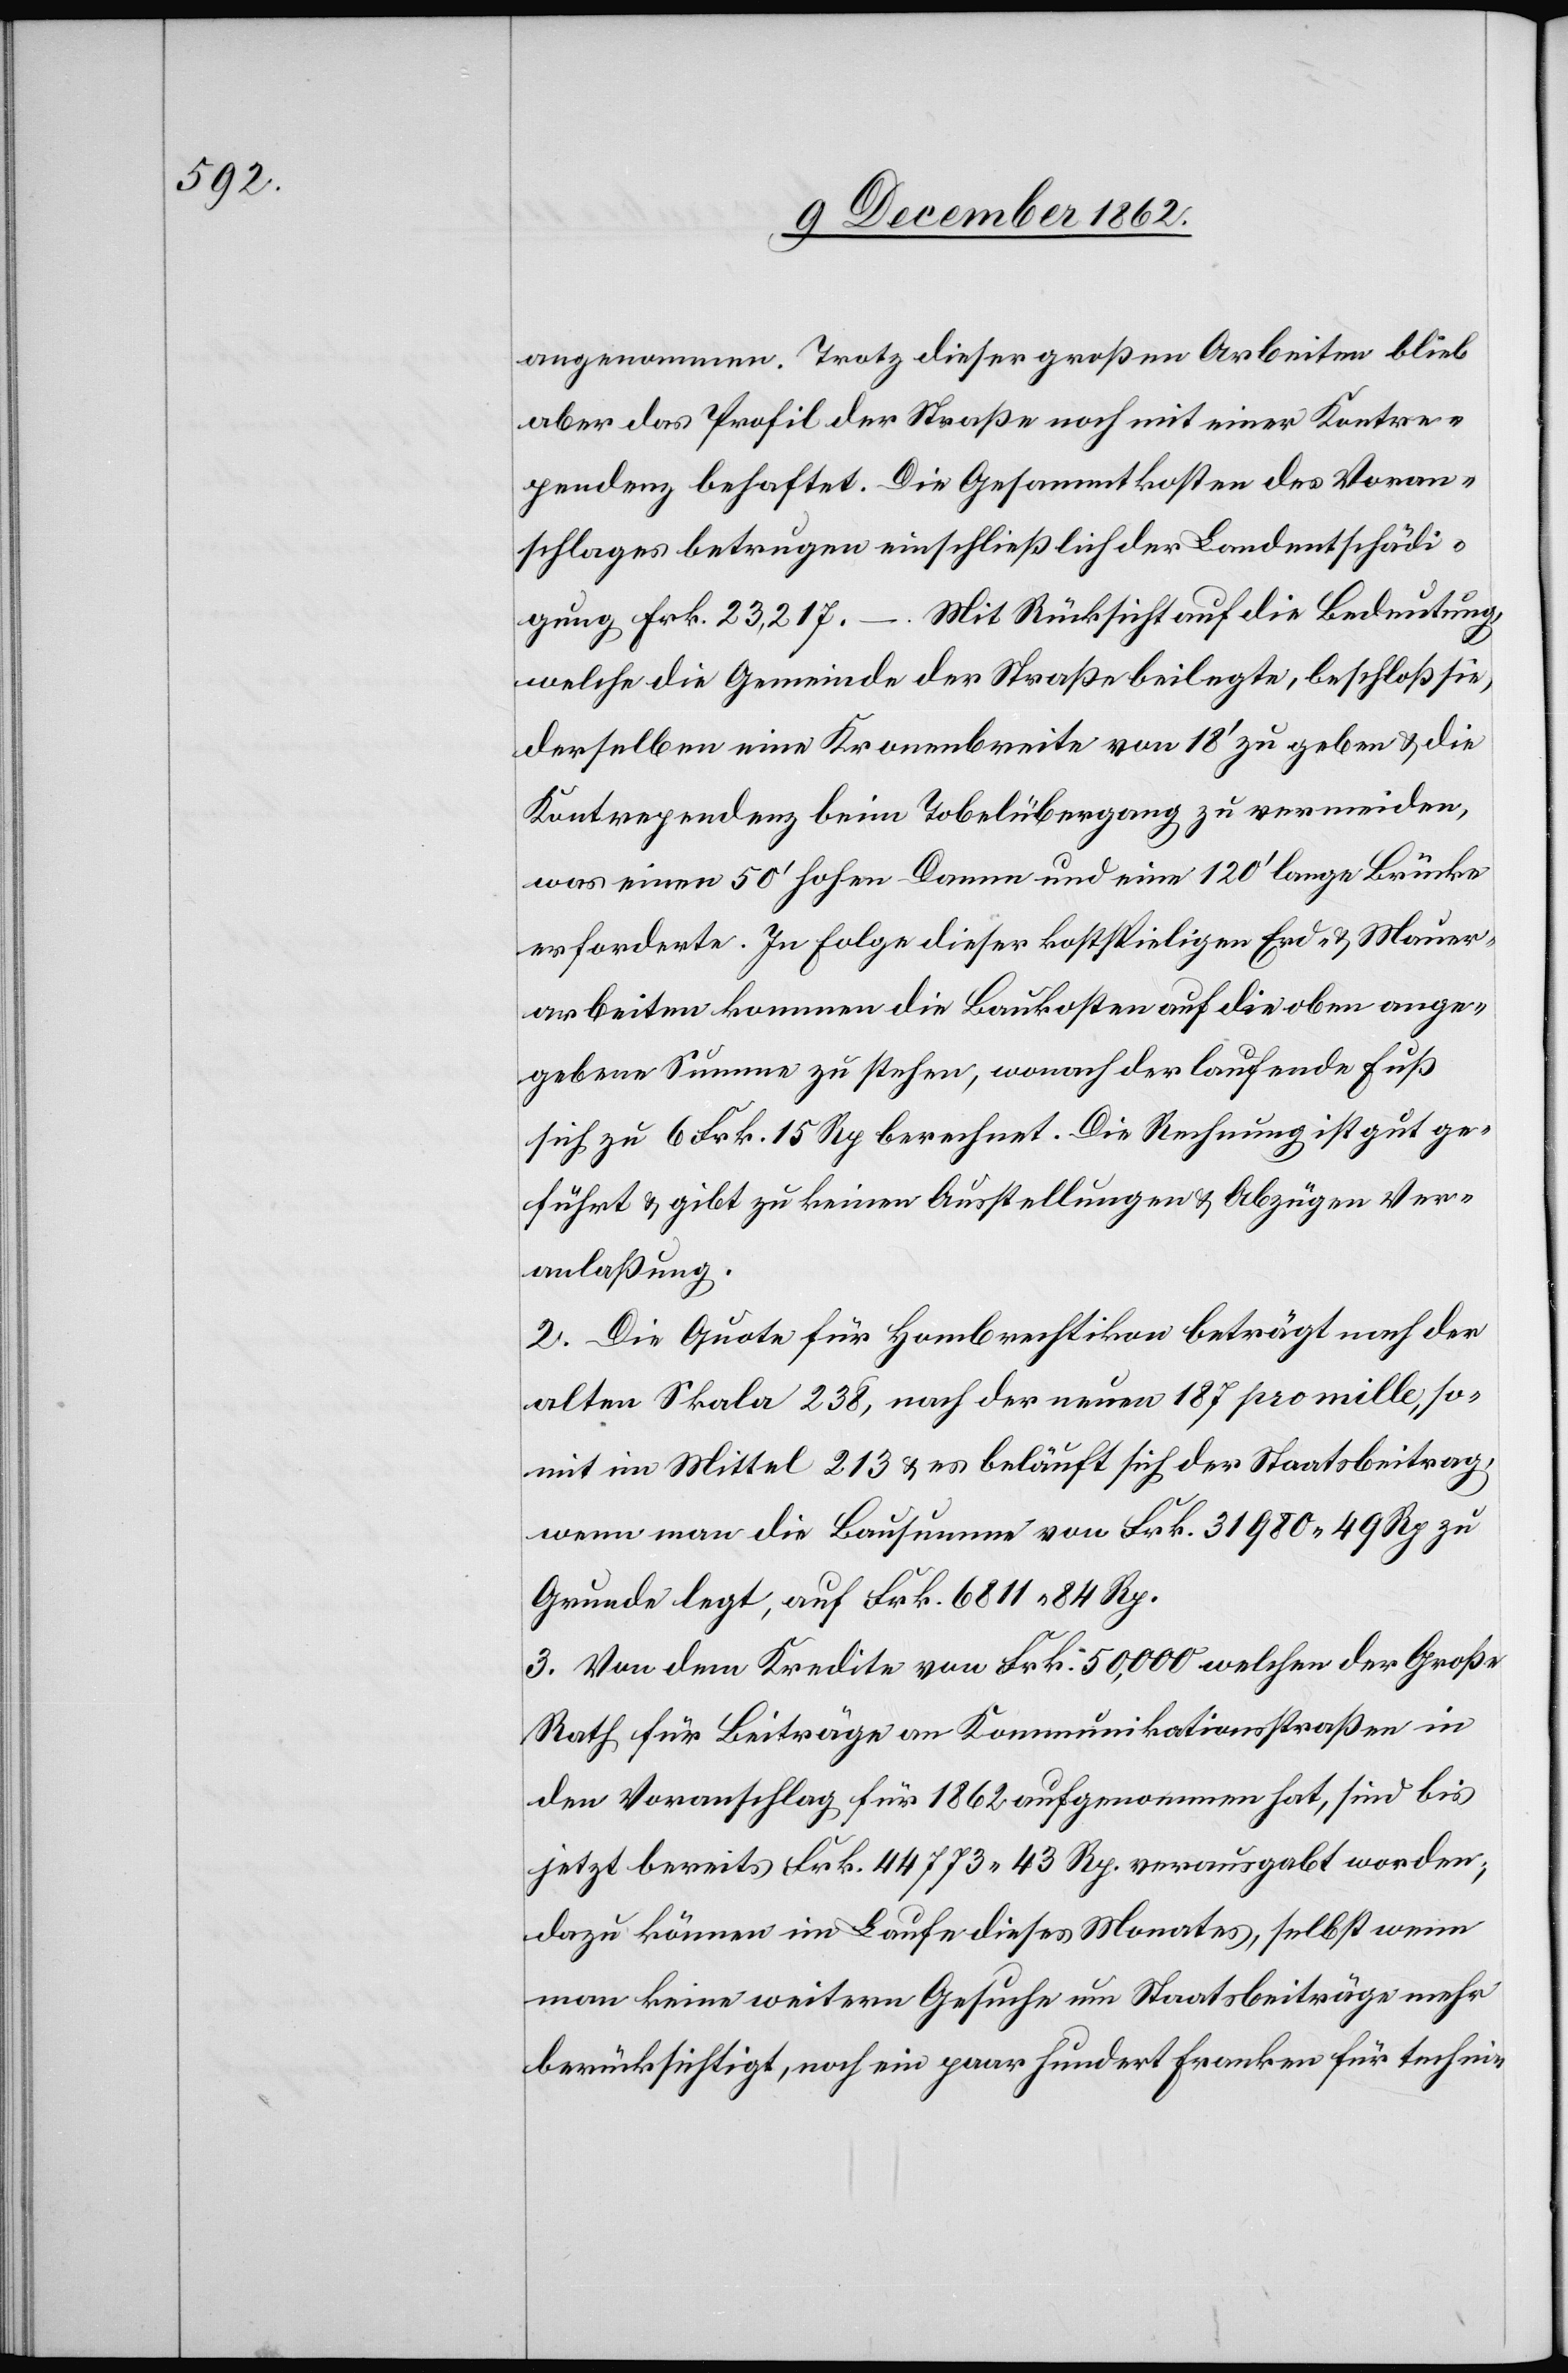
angenommen. Trotz dieser großen Arbeiten blieb
aber das Profil der Straße noch mit einer Kontre¬
pendez behaftet. Die Gesammtkosten des Voran¬
schlages betrugen einschließlich der Landentschädi¬
gung Frk. 23,217. – Mit Rücksicht auf die Bedeutung,
welche die Gemeinde der Straße beilegte, beschloß sie,
derselben eine Kronenbreite von 18’ zu geben u. die
Kontrependenz beim Tobelübergang zu vermeiden,
was einen 50’ hohen Damm und eine 120’ lange Brücke
erforderte. In Folge dieser kostspieligen Erd- u. Mauer¬
arbeiten kommen die Baukosten auf die oben ange¬
gebene Summe zu stehen, wonach der laufende Fuß
sich zu 6 Frk. 15 Rp. berechnet. Die Rechnung ist gut ge¬
führt u. gibt zu keinen Ausstellungen u. Abzügen Ver¬
anlaßung.
2. Die Quote für Hombrechtikon beträgt nach der
alten Skala 238, nach der neuen 187 pro mille, so¬
mit im Mittel 213 u. es beläuft sich der Staatsbeitrag,
wenn man die Bausumme von Frk. 31980 49 Rp. zu
Grunde legt, auf Frk. 6811 84 Rp.
3. Von dem Kredite von Frk. 50,000 welchen der Große
Rath für Beiträge an Kommunikationsstraßen in
den Voranschlag für 1862 aufgenommen hat, sind bis
jetzt bereits Frk. 44 773 43 Rp. verausgabt worden,
dazu können im Laufe dieses Monates, selbst wenn
man keine weitern Gesuche um Staatsbeiträge mehr
berücksichtigt, noch ein paar hundert Franken für techni-